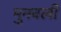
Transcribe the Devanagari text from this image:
मुनवली